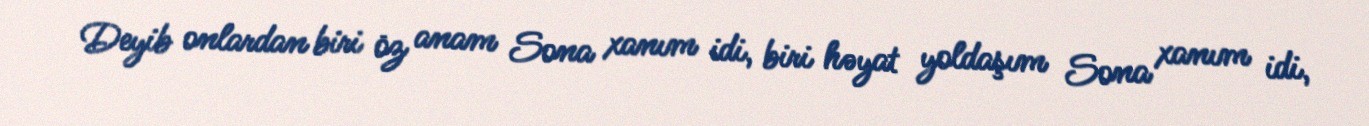
Deyib onlardan biri öz anam Sona xanım idi, biri həyat yoldaşım Sona xanım idi,